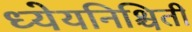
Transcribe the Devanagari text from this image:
ध्येयनिश्चिती